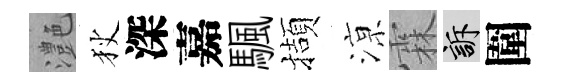
灔狄深嘉颿擷鿌霖訴圍